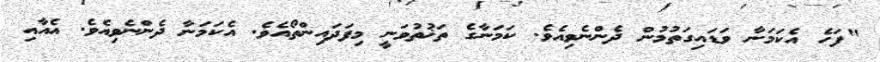
"ފަހެ އެކަމަނާ ވަޑައިގަތުމުން ދެންނެވިއެވެ. ކަމަނާގެ ތަޚުތުވަނީ މިފަދައިންތޯއެވެ. އެކަމަނާ ދެންނެވިއެވެ. އެއާއި